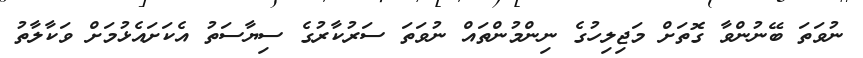
ނުވަތަ ބޭނުންވާ ގޮތަށް މަޖިލިހުގެ ނިންމުންތައް ނުވަތަ ސަރުކާރުގެ ސިޔާސަތު އެކަށައެޅުމަށް ވަކާލާތު